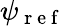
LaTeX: \psi_{\mathrm{~r~e~f~}}